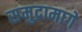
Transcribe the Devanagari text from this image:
समुद्रामागे